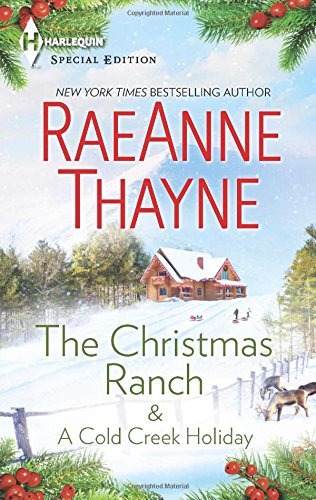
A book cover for The Christmas Ranch & A Cold Creek Holiday (The Cowboys of Cold Creek); RaeAnne Thayne; Romance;